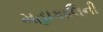
મહાકાલિની